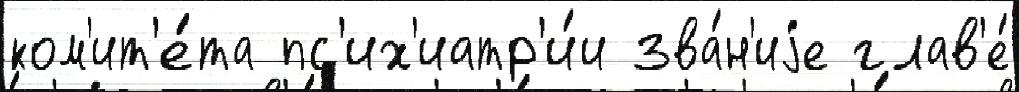
ком'ит'е́та пс'их'иатр'и́и зва́н'иjе глав'е́